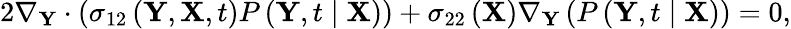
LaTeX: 2\nabla_{\mathbf{Y}}\cdot\left(\sigma_{12}\left(\mathbf{Y},\mathbf{X},t\right)P\left(\mathbf{Y},t\mid\mathbf{X}\right)\right)+\sigma_{22}\left(\mathbf{X}\right)\nabla_{\mathbf{Y}}\left(P\left(\mathbf{Y},t\mid\mathbf{X}\right)\right)=0,